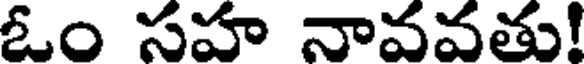
ఓం సహ నావవతు!